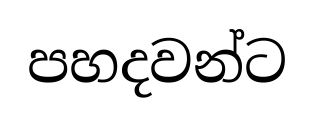
පහදවන්ට